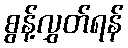
စွန့်လွှတ်ရန်